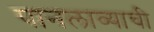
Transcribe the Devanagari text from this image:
पानलाव्याची